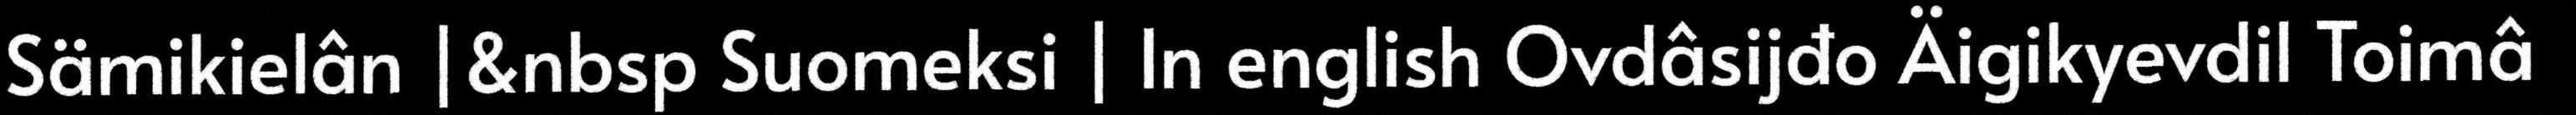
Sämikielân |&nbsp Suomeksi | In english Ovdâsijđo Äigikyevdil Toimâ